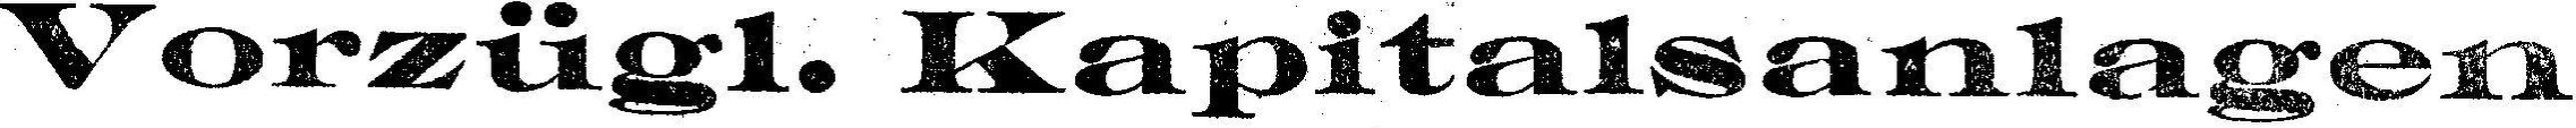
Vorzügl. Kapitalsanlagen